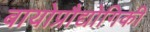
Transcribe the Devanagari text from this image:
बायोप्रौद्योगिकी